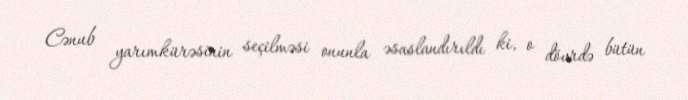
Cənub yarımkürəsinin seçilməsi onunla əsaslandırıldı ki, o dövrdə bütün